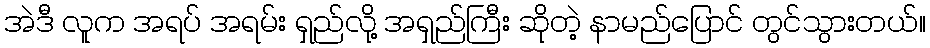
အဲဒီ လူက အရပ် အရမ်း ရှည်လို့ အရှည်ကြီး ဆိုတဲ့ နာမည်ပြောင် တွင်သွားတယ်။